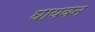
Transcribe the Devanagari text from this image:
घायवन